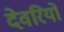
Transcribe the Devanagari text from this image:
देवरियों